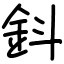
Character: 鈄